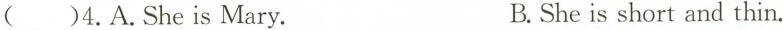
( )4.A.She is Mary. B.She is short and thin.